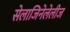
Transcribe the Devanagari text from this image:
सेलाजिनेलेलीज